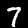
Digit: 7